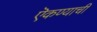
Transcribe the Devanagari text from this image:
ऎकण्याची